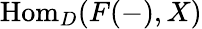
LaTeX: {\mathrm{Hom}}_{D}(F(-),X)